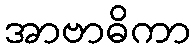
အာဗာဓိကာ